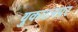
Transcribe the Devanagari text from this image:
युकाटनपर